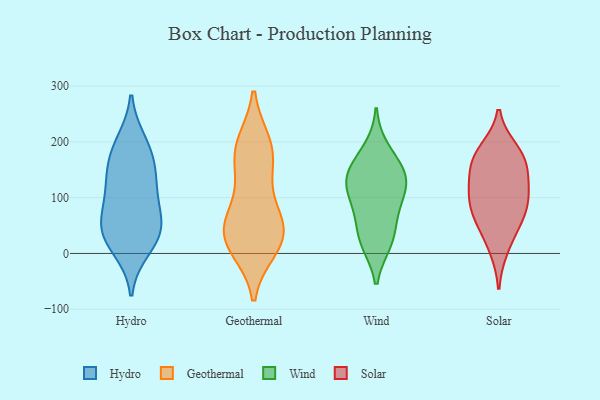
{"axis": {"x": "Tickets Resolved", "y": "Value"}, "legend": ["Geothermal", "Hydro", "Solar", "Wind"], "data": [{"x": "", "y": 198, "type": "Hydro"}, {"x": "", "y": 112, "type": "Hydro"}, {"x": "", "y": 136, "type": "Hydro"}, {"x": "", "y": 10, "type": "Hydro"}, {"x": "", "y": 42, "type": "Hydro"}, {"x": "", "y": 159, "type": "Hydro"}, {"x": "", "y": 97, "type": "Hydro"}, {"x": "", "y": 35, "type": "Hydro"}, {"x": "", "y": 183, "type": "Hydro"}, {"x": "", "y": 52, "type": "Hydro"}, {"x": "", "y": 45, "type": "Hydro"}, {"x": "", "y": 10, "type": "Geothermal"}, {"x": "", "y": 190, "type": "Geothermal"}, {"x": "", "y": 159, "type": "Geothermal"}, {"x": "", "y": 185, "type": "Geothermal"}, {"x": "", "y": 23, "type": "Geothermal"}, {"x": "", "y": 196, "type": "Geothermal"}, {"x": "", "y": 42, "type": "Geothermal"}, {"x": "", "y": 53, "type": "Geothermal"}, {"x": "", "y": 44, "type": "Geothermal"}, {"x": "", "y": 62, "type": "Geothermal"}, {"x": "", "y": 115, "type": "Geothermal"}, {"x": "", "y": 15, "type": "Geothermal"}, {"x": "", "y": 86, "type": "Wind"}, {"x": "", "y": 152, "type": "Wind"}, {"x": "", "y": 19, "type": "Wind"}, {"x": "", "y": 128, "type": "Wind"}, {"x": "", "y": 45, "type": "Wind"}, {"x": "", "y": 119, "type": "Wind"}, {"x": "", "y": 87, "type": "Wind"}, {"x": "", "y": 187, "type": "Wind"}, {"x": "", "y": 134, "type": "Wind"}, {"x": "", "y": 149, "type": "Wind"}, {"x": "", "y": 20, "type": "Wind"}, {"x": "", "y": 106, "type": "Solar"}, {"x": "", "y": 10, "type": "Solar"}, {"x": "", "y": 58, "type": "Solar"}, {"x": "", "y": 171, "type": "Solar"}, {"x": "", "y": 81, "type": "Solar"}, {"x": "", "y": 184, "type": "Solar"}, {"x": "", "y": 120, "type": "Solar"}, {"x": "", "y": 107, "type": "Solar"}, {"x": "", "y": 168, "type": "Solar"}, {"x": "", "y": 157, "type": "Solar"}, {"x": "", "y": 59, "type": "Solar"}]}